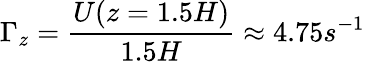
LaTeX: \Gamma_{z}=\frac{U(z=1.5H)}{1.5H}\approx 4.75s^{-1}